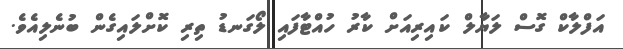
އަފްލާކް ގޮސް ލަޔާލް ކައިރިއަށް ކާރު ހުއްޓާފައި ލޯގަނޑު ތިރި ކޮށްލައިގެން ބުނެލިއެވެ.